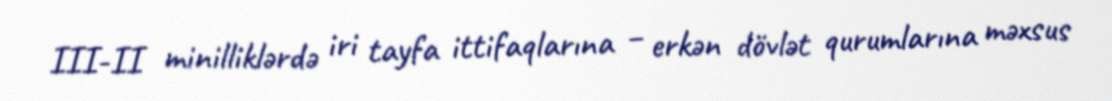
III-II minilliklərdə iri tayfa ittifaqlarına – erkən dövlət qurumlarına məxsus